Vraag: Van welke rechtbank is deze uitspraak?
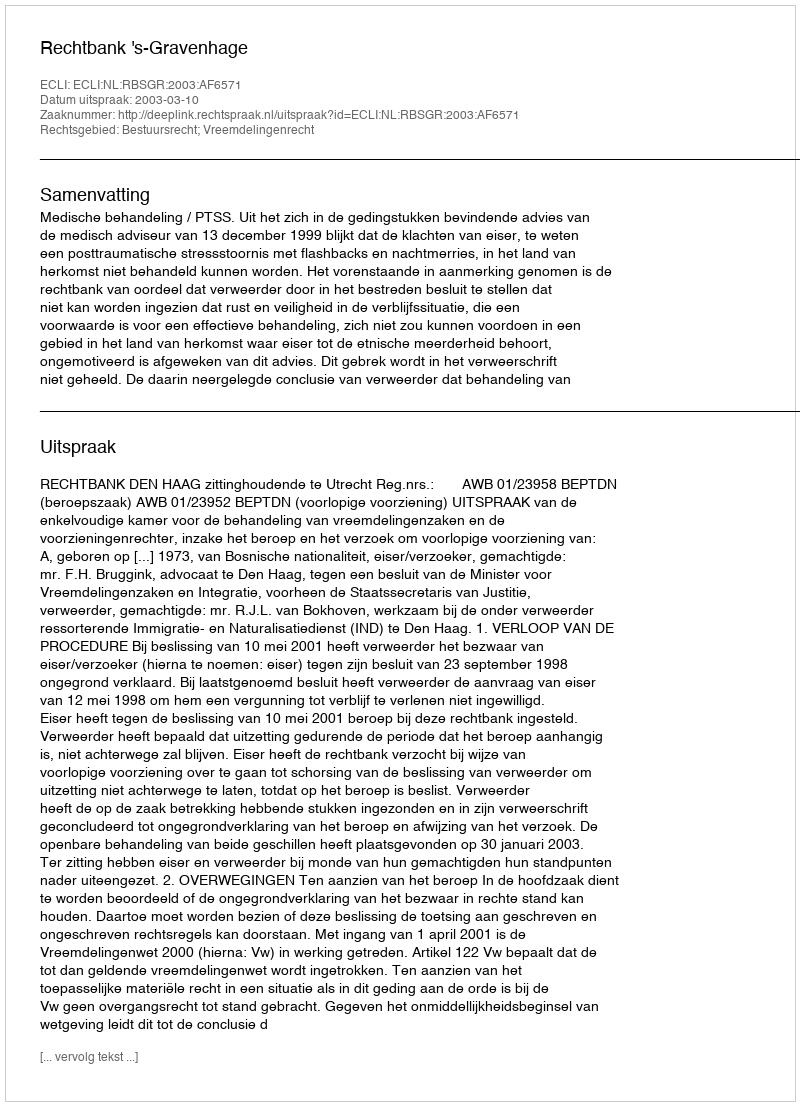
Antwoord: Rechtbank 's-Gravenhage